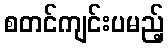
စတင်ကျင်းပမည့်